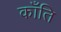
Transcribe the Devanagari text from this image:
काँति